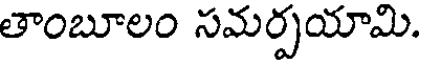
తాంబూలం సమర్పయామి.